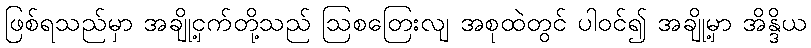
ဖြစ်ရသည်မှာ အချို့ငှက်တို့သည် ဩစတြေးလျ အစုထဲတွင် ပါဝင်၍ အချို့မှာ အိန္ဒိယ